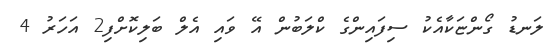
ލަނޑު ގޯންޏަކާއެކު ސިފައިންގެ ކްލަބުން އޭ ވައި އެލް ބަލިކޮށްފި2 އަހަރު 4